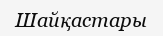
Шайқастары